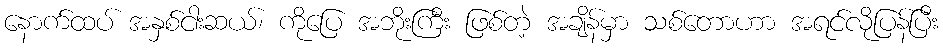
နောက်ထပ် အနှစ်ငါးဆယ်၊ ကိုပြေ အဘိုးကြီး ဖြစ်တဲ့ အချိန်မှာ သစ်တောဟာ အရင်လိုပြန်ပြီး